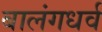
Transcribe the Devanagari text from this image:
बालंगधर्व